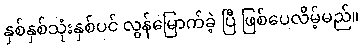
နှစ်နှစ်သုံးနှစ်ပင် လွန်မြောက်ခဲ့ ပြီ ဖြစ်ပေလိမ့်မည်။